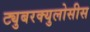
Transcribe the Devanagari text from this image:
ट्युबरक्युलोसीस